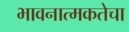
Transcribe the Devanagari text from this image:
भावनात्मकतेचा